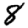
Digit: 8